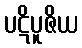
ပဋိပူဇိယ